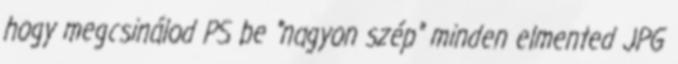
hogy megcsinálod PS be "nagyon szép" minden elmented JPG